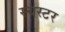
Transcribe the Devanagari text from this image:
स्चस्टर